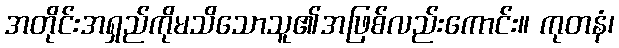
အတိုင်းအရှည်ကိုမသိသောသူ၏အဖြစ်လည်းကောင်း။ ကုတနံ၊